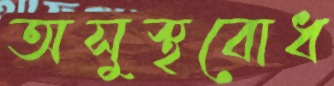
অসুস্থবোধ